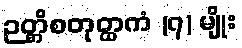
ဉတ္တိစတုတ္ထကံ (၇) မျိုး